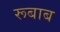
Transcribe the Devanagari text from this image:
रूबाब